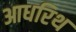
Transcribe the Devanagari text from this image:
आधरिथ